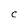
Character: C